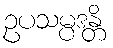
ဥပသမ္ပဒန္တိ